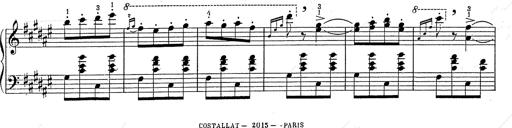
Title: Hungarian Rhapsody No.2
Composer: Franz Liszt
Key: C-sharp minor